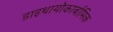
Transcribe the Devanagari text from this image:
डाइथायोकार्बामिक